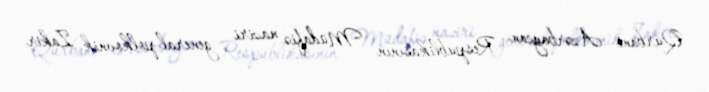
Qurbani Azərbaycan Respublikasının Müdafiə naziri general-polkovnik Zakir